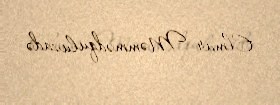
Elmar Məmmədquluzadə